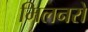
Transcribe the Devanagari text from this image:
मिलनरो